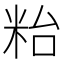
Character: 𥹋